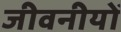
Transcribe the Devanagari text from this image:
जीवनीयोँ